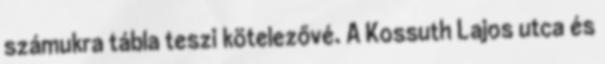
számukra tábla teszi kötelezővé. A Kossuth Lajos utca és